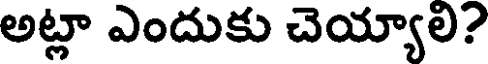
అట్లా ఎందుకు చెయ్యాలి?